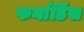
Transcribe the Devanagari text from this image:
फर्नाडिंस